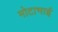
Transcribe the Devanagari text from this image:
मोटाभाई